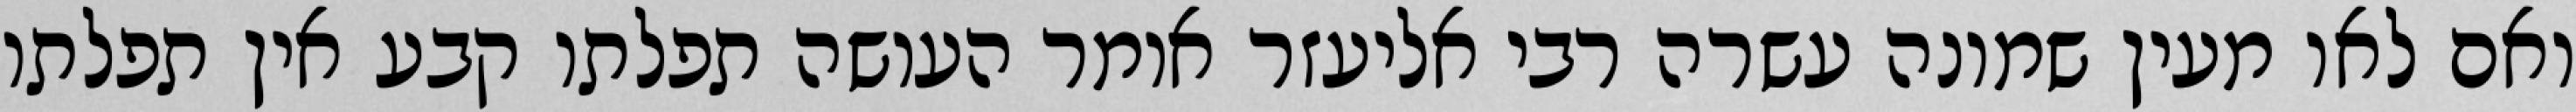
ואם לאו מעין שמונה עשרה רבי אליעזר אומר העושה תפלתו קבע אין תפלתו